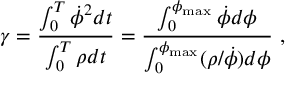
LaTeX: \gamma = \frac { \int _ { 0 } ^ { T } \dot { \phi } ^ { 2 } d t } { \int _ { 0 } ^ { T } \rho d t } = \frac { \int _ { 0 } ^ { \phi _ { \mathrm { { m a x } } } } \dot { \phi } d \phi } { \int _ { 0 } ^ { \phi _ { { \mathrm { m a x } } } } ( \rho / \dot { \phi } ) d \phi } ~ ,